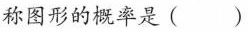
称图形的概率是( )